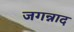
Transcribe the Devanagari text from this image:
जगन्नाद